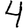
Digit: 4